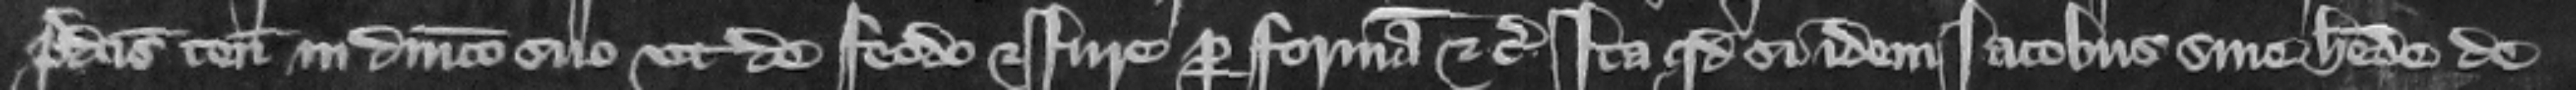
predictis tenementis in dominico suo vt de feodo et Iure per formam etc. ita quod si idem Iacobus sine herede de